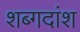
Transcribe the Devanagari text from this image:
शब्गदांश